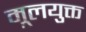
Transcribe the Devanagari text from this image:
मूलयुक्त